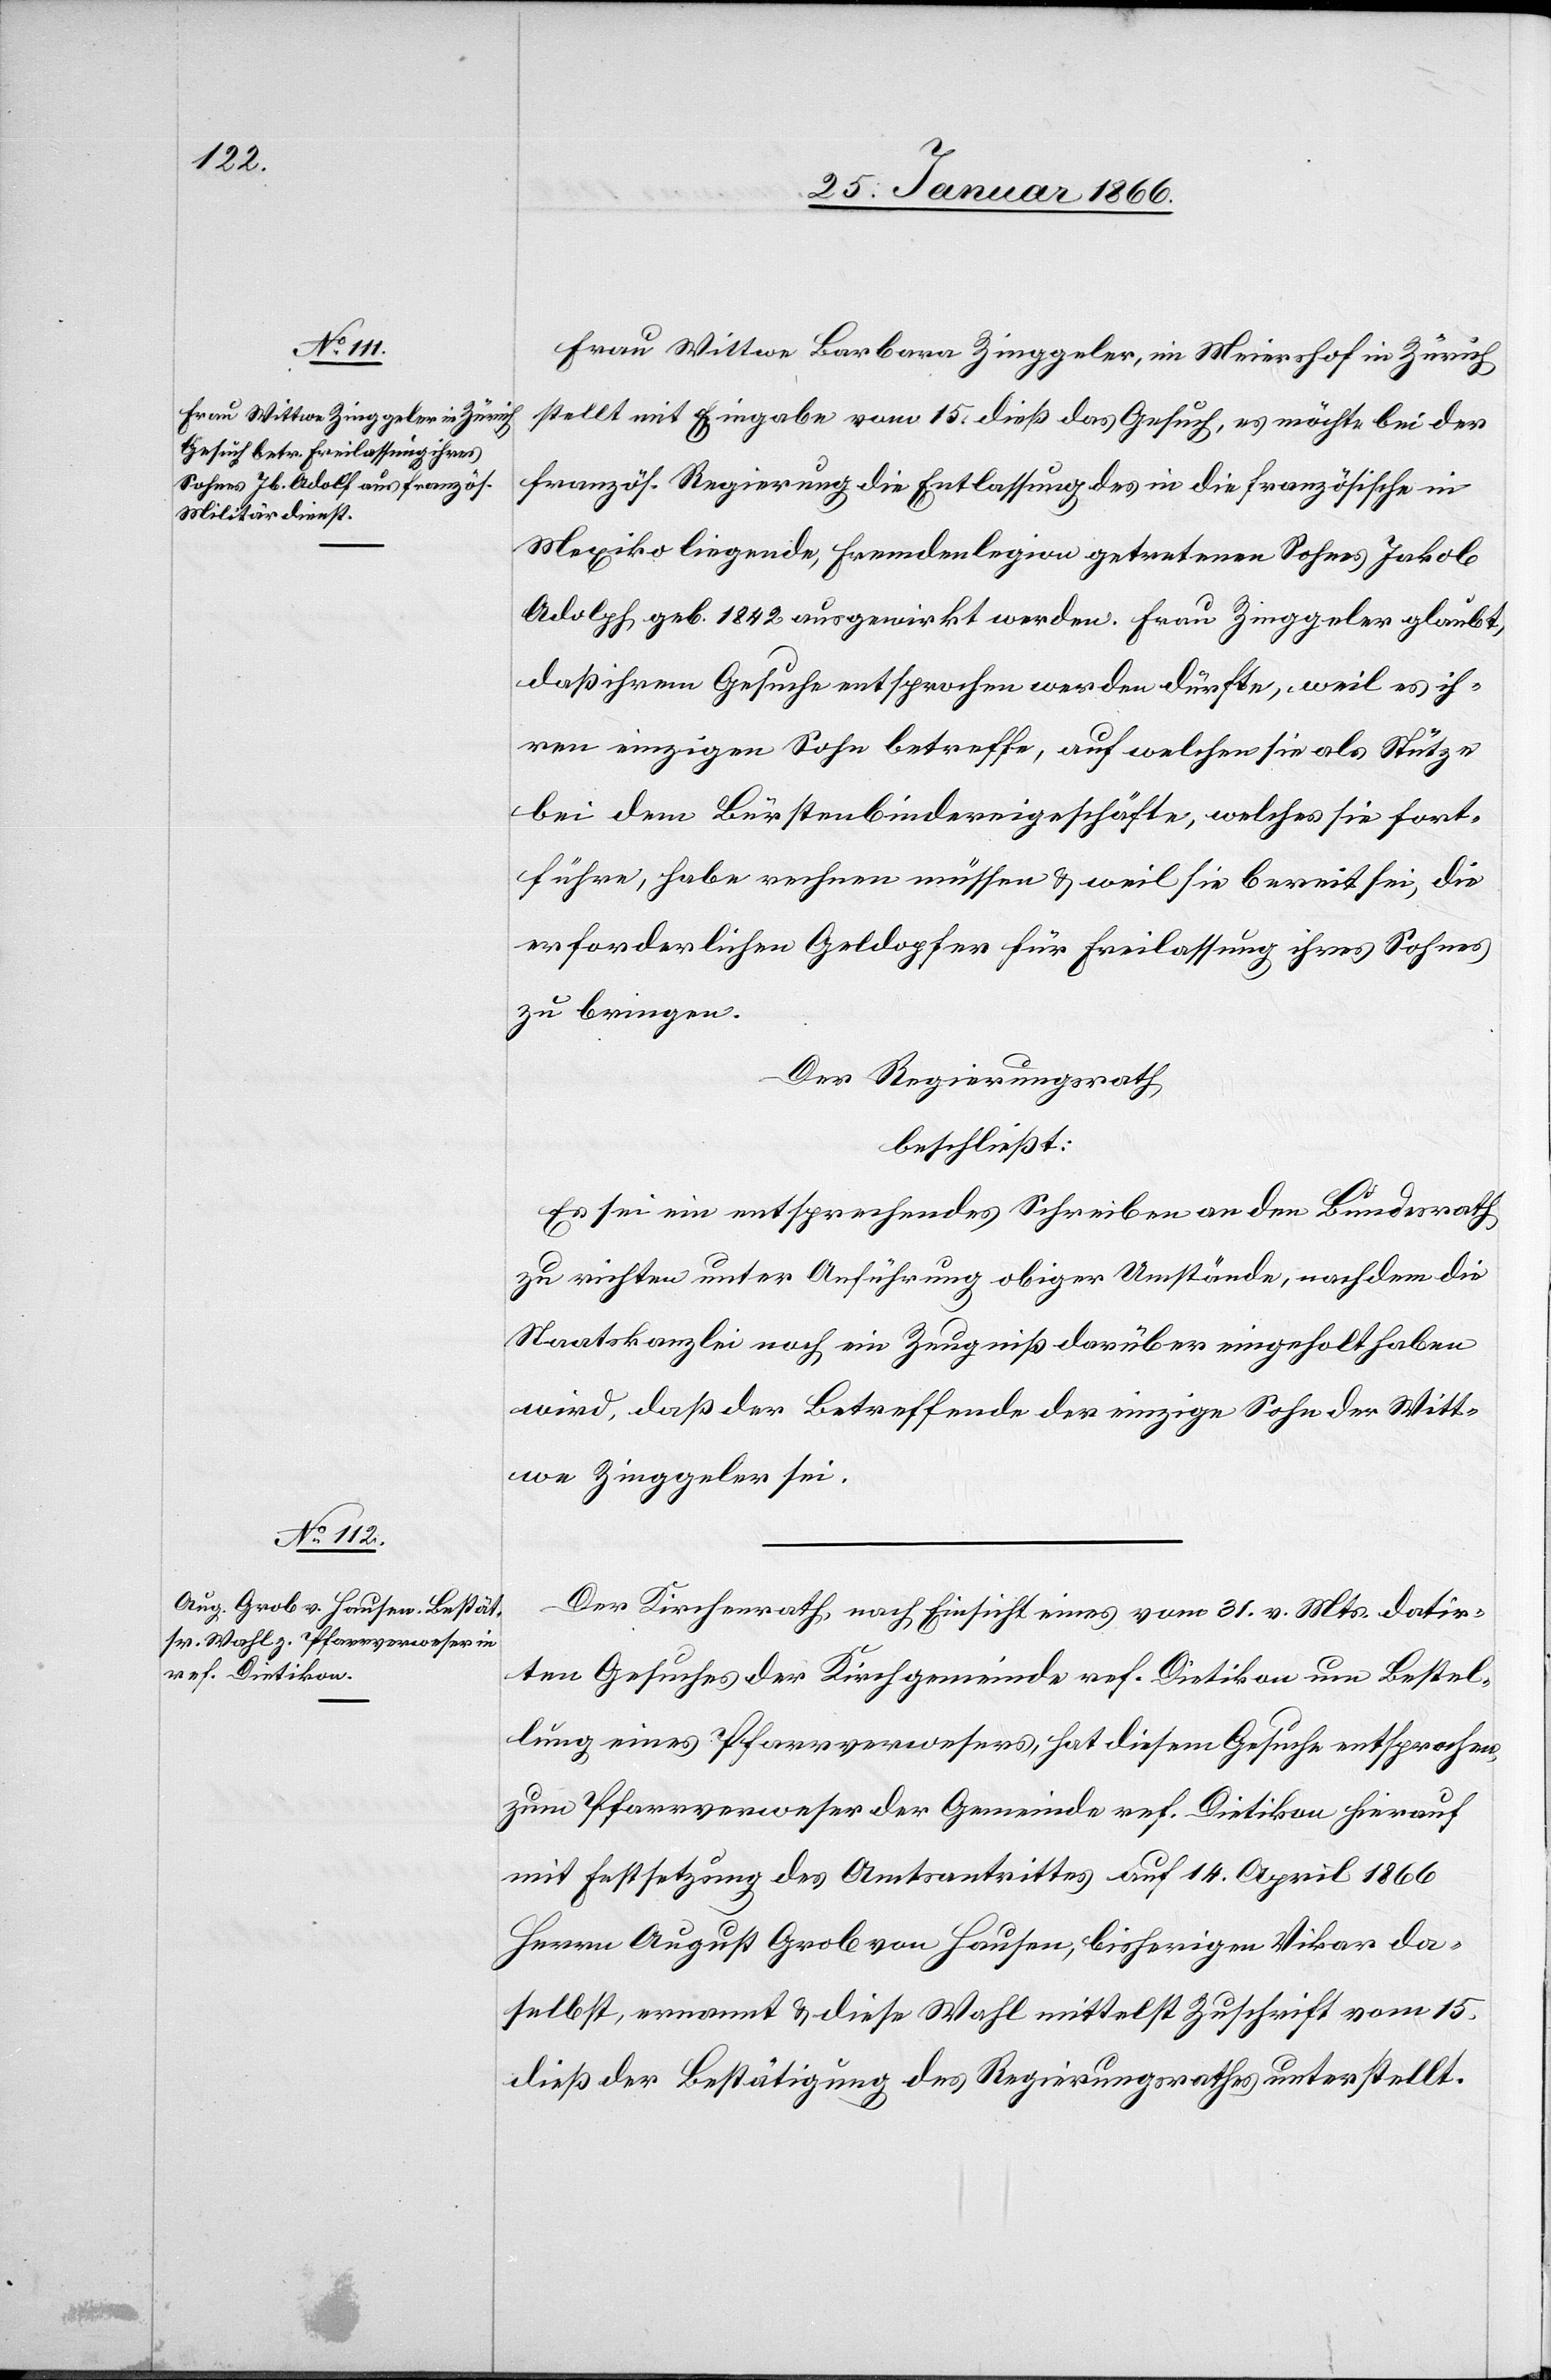
Frau Wittwe Barbara Zinggeler, im Meierhof in Zürich
stellt mit Eingabe vom 15. dieß das Gesuch, es möchte bei der
französ. Regierung die Entlassung des in die französische in
Mexiko liegende, Fremdenlegion getretenen Sohnes Jakob
Adolf, geb. 1842 ausgewirkt werden. Frau Zinggeler glaubt,
daß ihrem Gesuche entsprochen werden dürfte, weil es ih¬
ren einzigen Sohn betreffe, auf welchen sie als Stütze
bei dem Bürstenbindereigeschäfte, welches sie fort¬
führe, habe rechnen müssen u. weil sie bereit sei, die
erforderlichen Geldopfer für Freilassung ihres Sohnes
zu bringen.
Der Regierungsrath,
beschließt:
Es sei ein entsprechendes Schreiben an den Bundesrath
zu richten unter Anführung obiger Umstände, nachdem die
Staatskanzlei noch ein Zeugniß darüber eingeholt haben
wird, daß der Betreffende der einzige Sohn der Witt¬
we Zinggeler sei.
Der Kirchenrath, nach Einsicht eines vom 31. v. Mts. datir¬
ten Gesuches der Kirchgemeinde ref. Dietikon um Bestel¬
lung eines Pfarrverwesers, hat diesem Gesuche entsprochen,
zum Pfarrverweser der Gemeinde ref. Dietikon hierauf
mit Festsetzung des Amtsantrittes auf 14. April 1866
Herrn August Grob von Hausen, bisherigen Vikar da¬
selbst, ernannt u. diese Wahl mittelst Zuschrift vom 15.
dieß der Bestätigung des Regierungsrathes unterstellt